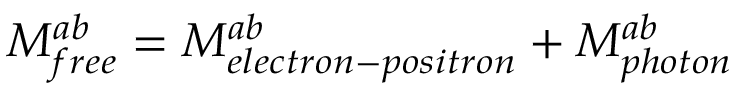
M _ { f r e e } ^ { a b } = M _ { e l e c t r o n - p o s i t r o n } ^ { a b } + M _ { p h o t o n } ^ { a b }